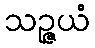
သဉ္ဇယံ